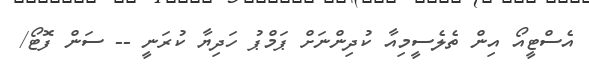
އެސްޓީއޯ އިން ތެލެސީމިއާ ކުދިންނަށް ޕަމްޕު ހަދިޔާ ކުރަނީ -- ސަން ފޮޓޯ/